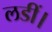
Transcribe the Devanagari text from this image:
लडीं।